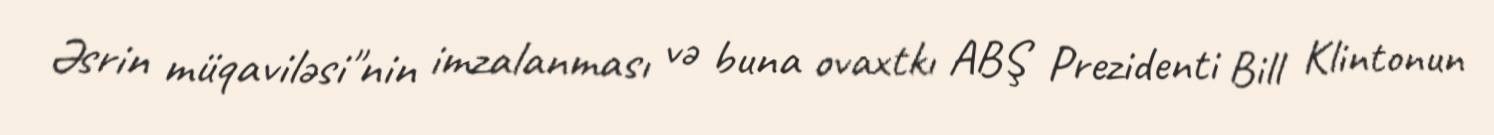
Əsrin müqaviləsi"nin imzalanması və buna ovaxtkı ABŞ Prezidenti Bill Klintonun